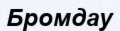
Бромдау